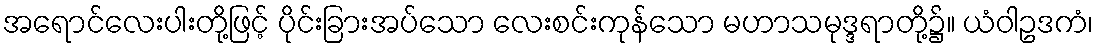
အရောင်လေးပါးတို့ဖြင့် ပိုင်းခြားအပ်သော လေးစင်းကုန်သော မဟာသမုဒ္ဒရာတို့၌။ ယံဝါဥဒကံ၊